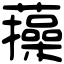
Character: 𧂈